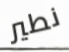
نطير